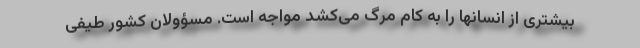
بیشتری از انسانها را به کام مرگ می‌کشد مواجه است. مسؤولان کشور طیفی